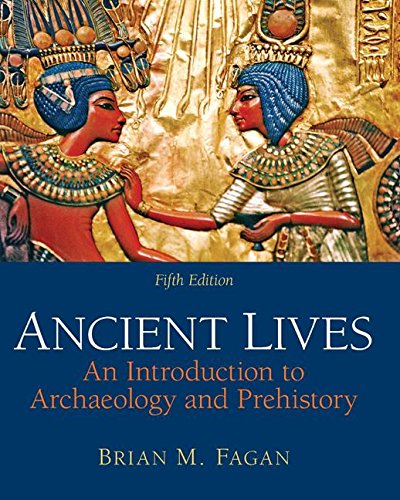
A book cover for Ancient Lives: An Introduction to Archaeology and Prehistory; Dr. Brian Fagan; Politics & Social Sciences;